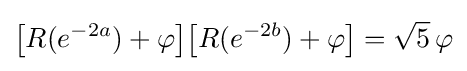
{\bigl [}R(e^{-2a})+\varphi {\bigl ]}{\bigl [}R(e^{-2b})+\varphi {\bigr ]}={\sqrt {5}}\,\varphi